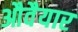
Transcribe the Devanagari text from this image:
औवैयार